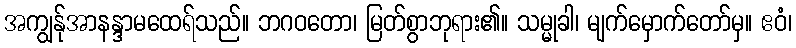
အကျွန်ုအာနန္ဒာမထေရ်သည်။ ဘဂဝတော၊ မြတ်စွာဘုရား၏။ သမ္မုခါ၊ မျက်မှောက်တော်မှ။ ဧဝံ၊